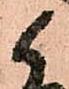
候